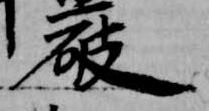
破